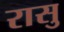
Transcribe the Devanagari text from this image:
रासु